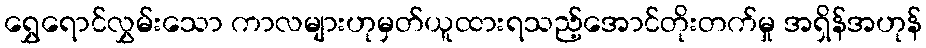
ရွှေရောင်လွှမ်းသော ကာလများဟုမှတ်ယူထားရသည့်အောင်တိုးတက်မှု အရှိန်အဟုန်